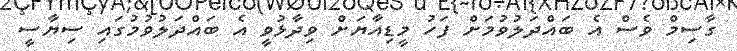
ގާސިމް ވެސް އެ ބައްދަލުވުމަށް ފަހު މީޑިއާޔަށް ވިދާޅުވީ އެ ބައްދަލުވުމުގައި ސިޔާސީ